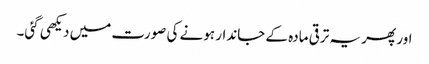
اور پھر یہ ترقی مادہ کے جاندار ہونے کی صورت میں دیکھی گئی۔